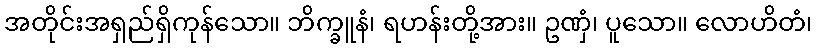
အတိုင်းအရှည်ရှိကုန်သော။ ဘိက္ခူနံ၊ ရဟန်းတို့အား။ ဥဏှံ၊ ပူသော။ လောဟိတံ၊